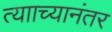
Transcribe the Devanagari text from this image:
त्यााच्यानंतर